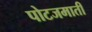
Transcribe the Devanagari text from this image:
पोटजमाती